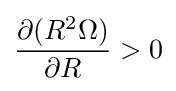
{\frac {\partial (R^{2}\Omega )}{\partial R}}>0